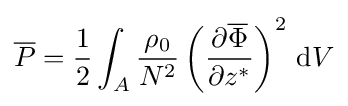
{\overline {P}}={\frac {1}{2}}\int _{A}{\frac {\rho _{0}}{N^{2}}}\left({\frac {\partial {\overline {\Phi }}}{\partial z^{*}}}\right)^{2}\,\mathrm {d} V